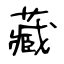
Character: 藏